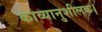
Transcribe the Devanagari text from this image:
काव्यानुशीलक।